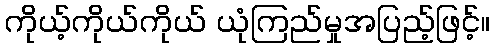
ကိုယ့်ကိုယ်ကိုယ် ယုံကြည်မှုအပြည့်ဖြင့်။